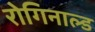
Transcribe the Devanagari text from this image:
रोगिनाल्ड